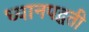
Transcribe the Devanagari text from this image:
ध्यानपद्धती